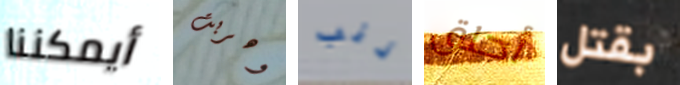
أيمكننا وهربت ذنب أحلق بقتل